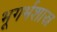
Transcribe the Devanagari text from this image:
भूगर्भशास्र